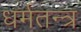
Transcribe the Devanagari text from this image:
धर्मतन्त्र